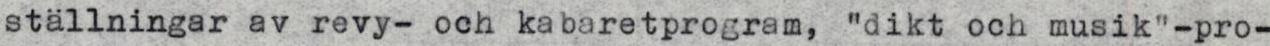
ställningar av revy- och kabaretprogram, "dikt och musik"-pro-